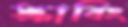
স্ক্রাবিং